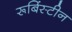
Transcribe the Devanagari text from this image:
रूबिंस्टीन